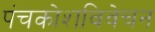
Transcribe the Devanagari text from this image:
पंचकोशविवेचन